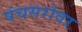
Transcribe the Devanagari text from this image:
पंचसरोवर